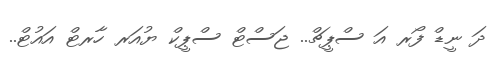
ދަ ނީޑް ފޯރ އަ ސްޕީޗް.. ޖަސްޓް ސްޕީކް ޔުއަރ ހާރޓް އައުޓް..